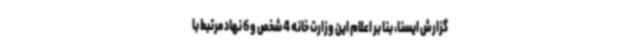
گزارش ایسنا، بنا بر اعلام این وزارت خانه 4 شخص و 6 نهاد مرتبط با